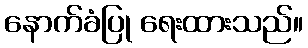
နောက်ခံပြု ရေးထားသည်။